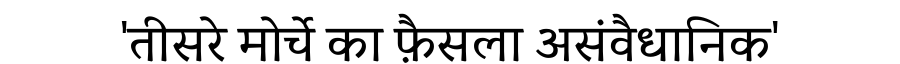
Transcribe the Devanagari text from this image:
'तीसरे मोर्चे का फ़ैसला असंवैधानिक'